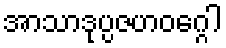
အာသာဒုပ္ပဇဟဝဂ္ဂေါ